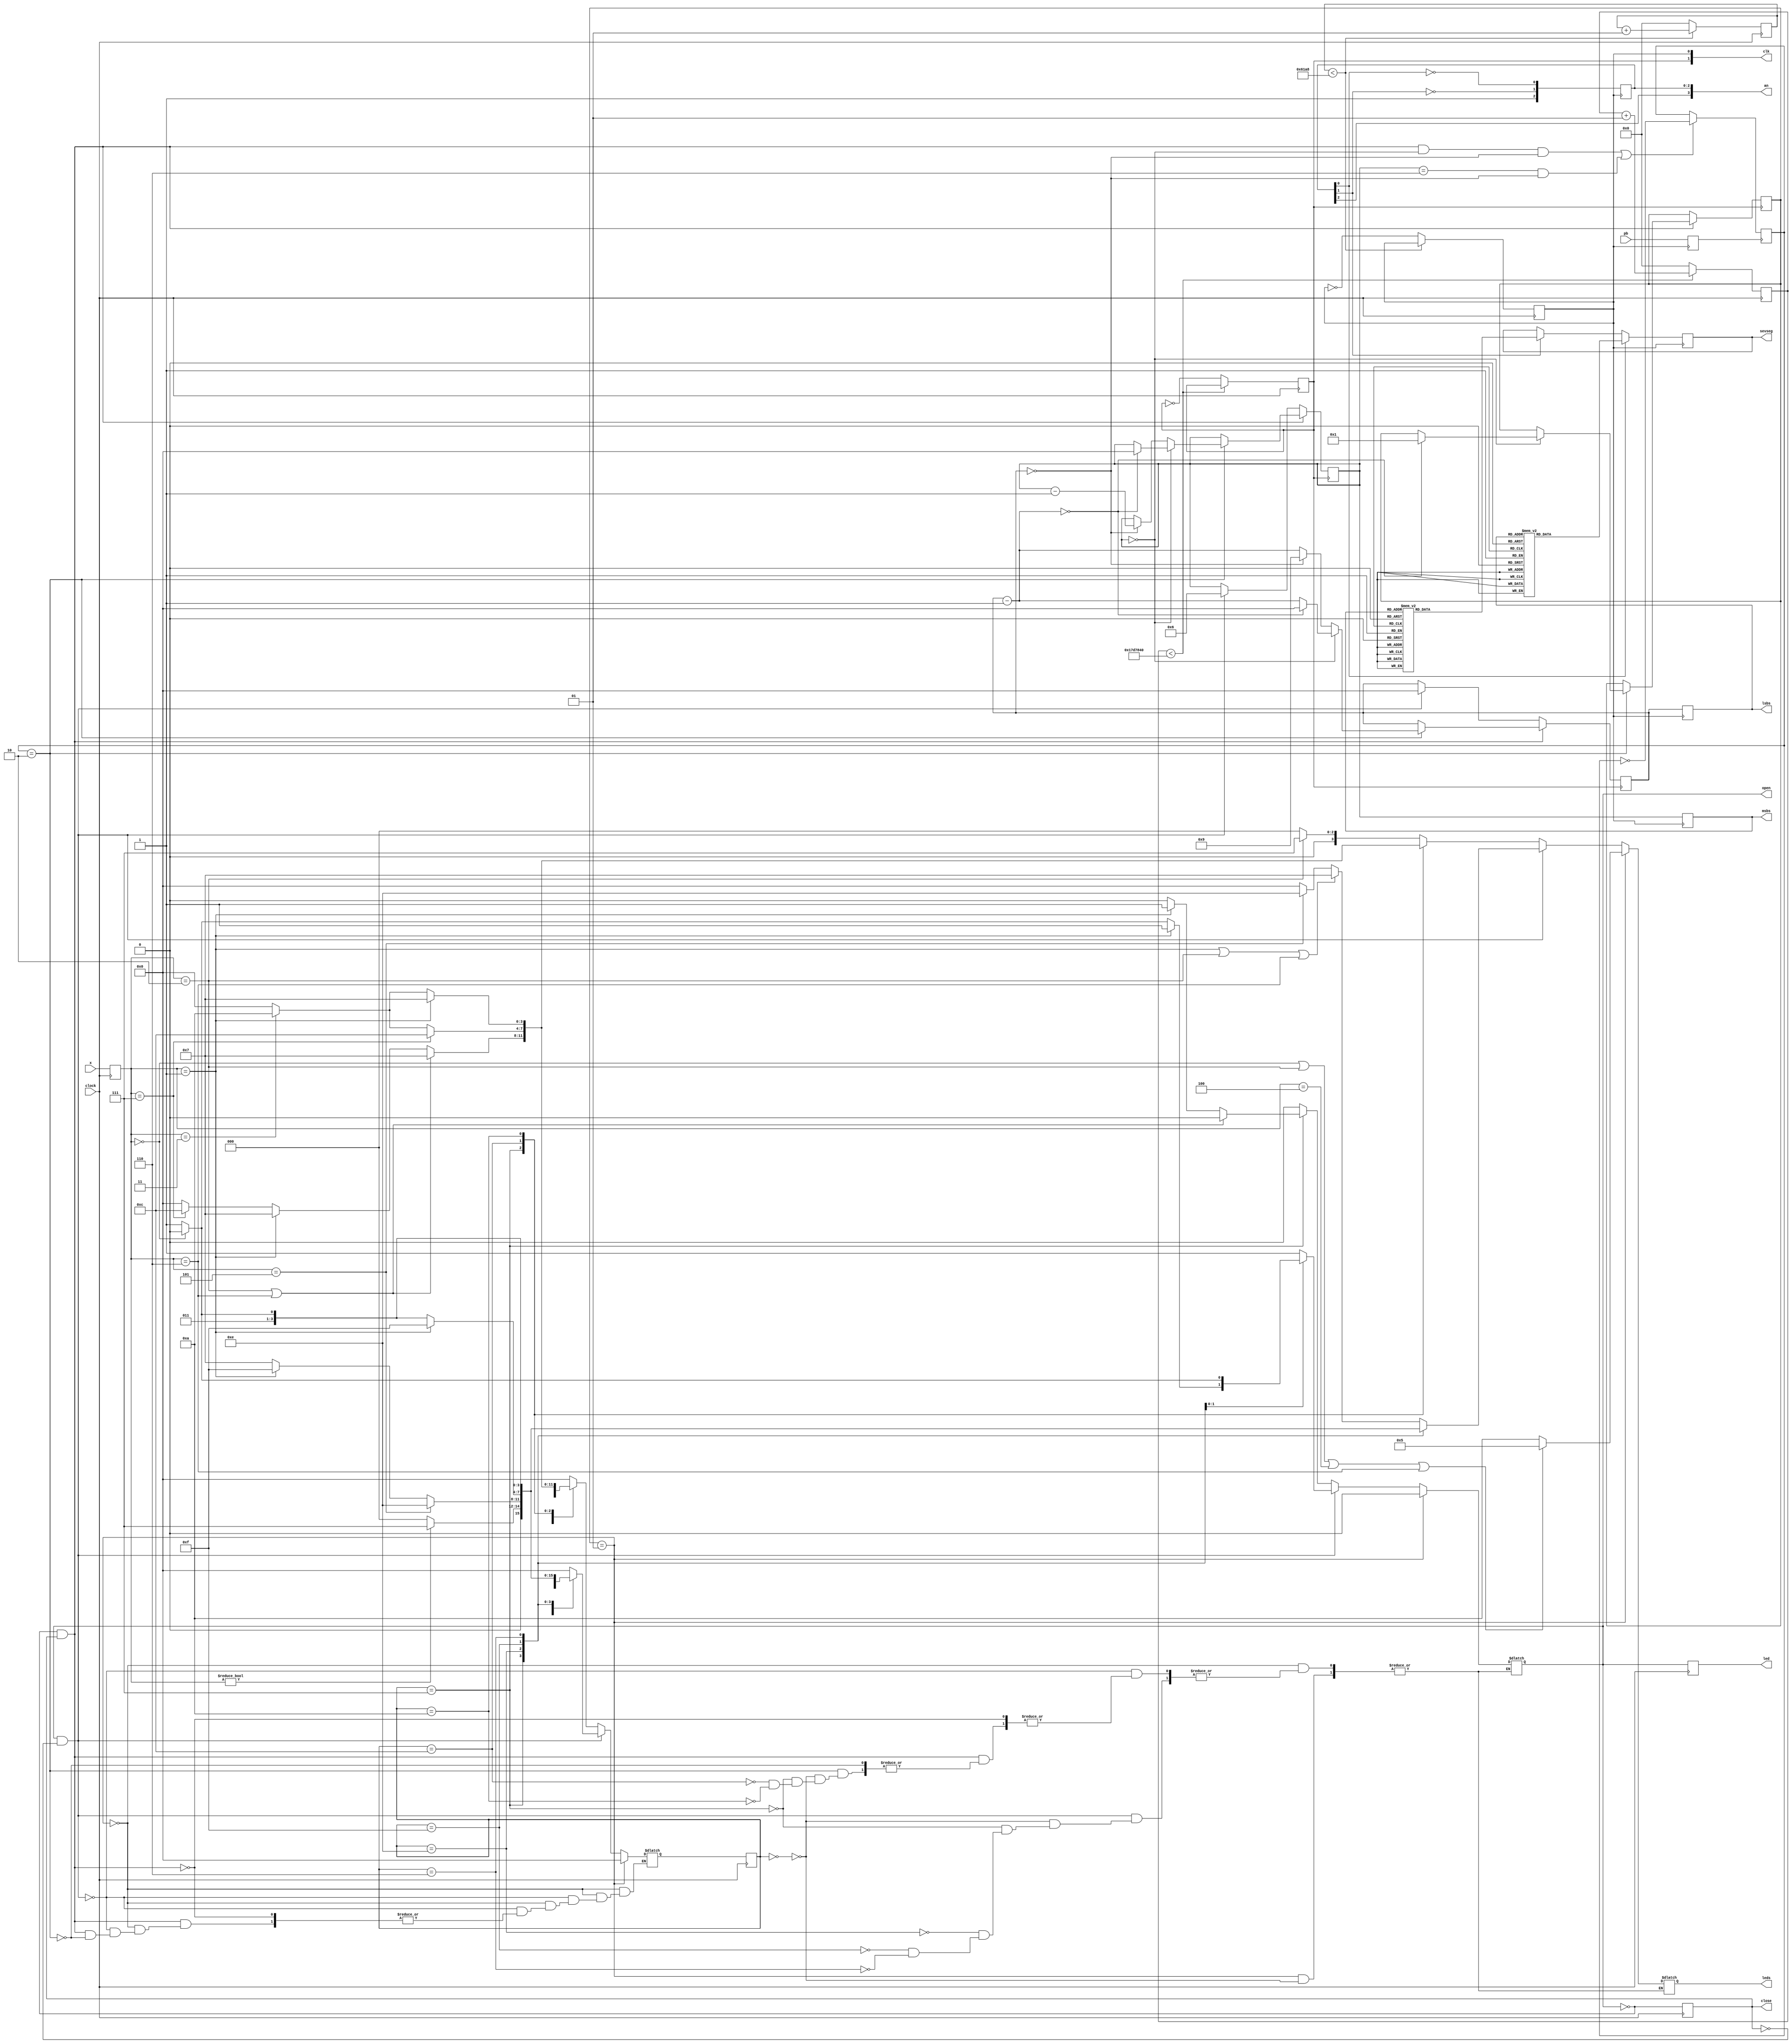
`timescale 1ns / 1ps
//////////////////////////////////////////////////////////////////////////////////
// Company: 
// Engineer: 
// 
// Design Name: 
// Module Name:    final_project_working 
// Project Name: 
// Target Devices: 
// Tool versions: 
// Description: 
//
// Dependencies: 
//
// Revision: 
// Revision 0.01 - File Created
// Additional Comments: 
//
//////////////////////////////////////////////////////////////////////////////////
module final_project_working(
    input clock, pb,
	 input [2:0] x,
    output reg led, open, close,
	 output reg [3:0] leds,
    output reg [3:0] msbs,
    output reg [3:0] lsbs,
    output reg [6:0] sevseg,
    output reg [3:0] an,
	 output reg [1:0] clk
    );
	reg [3:0] i;
	reg [3:0] j;
	integer count_a = 0;
	integer count_50M = 0;
	integer lock = 0;
	reg pb_press;
	reg [1:0] pb_state;
	reg [3:0] p_state;
	reg [3:0] n_state;
	reg [2:0] x_reg;
	
	initial begin
		an[0] <= 0;
		an[1] <= 1;
		an[2] <= 1;
		an[3] <= 1;
		pb_state <= 2'b01;
		open <= 0;
		close <= 1;
		p_state <= 4'b0000;
		i <= 6;
		j <= 0;
	end		
	
	parameter sa_o = 4'b0000, sb_o = 4'b0111, sc_o = 4'b1100, sd_o = 4'b1010;
	parameter sa_c = 4'b0000, sb_c = 4'b0111, sc_c = 4'b1110, sd_c = 4'b1111, se_c = 4'b0110;
	
	always @ (posedge clock)
	begin
		x_reg <= #5 x;
		p_state <= #5 n_state;
		led <= open;
		close <= ~open;
	end
	
	always @ (posedge clk[0])
	begin
		an[0] <= ~an[0];
		an[1] <= ~an[1];
		an[2] <= 1;
		an[3] <= 1;
		msbs <= i;
		lsbs <= j;
		pb_press <= pb;
	end
	
	always @ (posedge pb_press)
	begin
		if(close == 1 && open == 0 && i == 0 && j == 0 || i == 6 && j == 0)
			pb_state <= ~pb_state;
		else
			pb_state <= pb_state;
	end
	
	always @ (posedge clk[1])
	begin
		if(close == 1 && open == 0) //counter sets up only if closed
		begin
			if(pb_state == 2'b10)   //counter starts only if pb is pressed
			begin
				if (i == 0)
				begin
					j = j - 1;
					if(j == 0) begin
						i = 0;
						j = 0;
						lock = 1;		//after 60 seconds, program locks user out
					end
				end
				else if (j == 0)
					begin
						i = i - 1;
						j = 9;
					end
				else begin
					j = j - 1; end
			end
		end
		else if(open == 1 && close == 0) begin
			j = 0;
			i = 6; end
	end
	
	always @ (x_reg or p_state)
	begin
		if (lock == 1) begin //lock system sequence
		n_state = 4'b000;    //forces system to sit in this state
		case(p_state)			//if input is not entered in 60 sec.
			sa_c: if (x_reg == 3'b000 || x_reg == 3'b010 || x_reg == 3'b100 || x_reg == 3'b110) begin
					n_state = sa_c;
					open <= 0;
					leds <= 4'b0101; end
					else begin
					n_state = sa_c;
					open <= 0;
					leds <= 4'b1010; end
			default: n_state = sa_c;
		endcase
		end
		else if (open == 1 && close == 0) begin	//sequence to close the lock
		n_state = 4'b0000;								//000->100->101->001->000
		case(p_state)
			sa_c: if (x_reg == 3'b001 || x_reg == 3'b010 || x_reg == 3'b110) begin
					n_state = sb_c;
					open <= 1;
					leds <= sb_c; end
				else if (x_reg == 3'b101) begin
					n_state = sc_c;
					open <= 1;
					leds <= sc_c; end
				else begin
					n_state = sa_c;
					open <= 1;
					leds <= sa_c; end
					
			sb_c: if (x_reg != 3'b000) begin
					n_state = sb_c;
					open <= 1;
					leds <= sb_c; end
				else begin
					n_state = sa_c;
					open <= 1; 
					leds <= sa_c; end
					
			sc_c: if (x_reg == 3'b101) begin
					n_state = sc_c;
					open <= 1; 
					leds <= sc_c; end
				else if (x_reg == 3'b001) begin
					n_state = sd_c;
					open <= 1; 
					leds <= sd_c; end
				else begin
					n_state = sb_c;
					open <= 1; 
					leds <= sb_c; end
					
			sd_c: if (x_reg == 3'b001) begin
					n_state = sd_c;
					open <= 1; 
					leds <= sd_c; end
				else if (x_reg == 3'b000) begin
					n_state = se_c;
					open <= 0; 
					leds <= se_c; end
				else begin
					n_state = sb_c;
					open <= 1; 
					leds <= sb_c; end
					
			se_c: if (x_reg == 3'b000) begin
					n_state = se_c;
					open <= 0;
					leds <= se_c; end
				else begin
					n_state = sb_c;
					open <= 1;
					leds <= sb_c; end
					
			default: n_state = sa_c;
			
			endcase
	end
	
	else if(open == 0 && close == 1) begin //sequence to open the lock
	if(pb_state == 2'b10) begin				//000 -> 010 -> 110 ->
		n_state = 4'b0000;						//111 -> 011 -> 001
		case(p_state)								//only active if timer is active
			sa_o: if (x_reg == 3'b010) begin
					n_state = sb_o;
					open <= 0;
					leds <= sb_o; end
				else begin
					n_state = sa_o;
					open <= 0;
					leds <= sa_o; end
			sb_o: if (x_reg == 3'b010 || x_reg == 3'b110) begin
					n_state = sb_o;
					open <= 0;
					leds <= sb_o; end
				else if (x_reg == 3'b001) begin
					n_state = sb_o;
					open <= 1;
					leds <= sb_o; end
				else if (x_reg == 3'b111) begin
					n_state = sc_o;
					open <= 0; 
					leds <= sc_o; end
				else begin
					n_state = sa_o;
					open <= 0; 
					leds <= sa_o; end
			sc_o: if (x_reg == 3'b111) begin
					n_state = sc_o;
					open <= 0; 
					leds <= sc_o; end
				else if (x_reg == 3'b011) begin
					n_state = sd_o;
					open <= 0; 
					leds <= sd_o; end
				else begin
					n_state = sa_o;
					open <= 0; 
					leds <= sa_o; end
			sd_o: if (x_reg == 3'b001) begin
					n_state = sb_o;
					open <= 0; 
					leds <= sb_o; end
				else if (x_reg == 3'b011) begin
					n_state = sd_o;
					open <= 0; 
					leds <= sd_o; end
				else begin
					n_state = sa_o;
					open <= 0; 
					leds <= sa_o; end
			default: n_state = sa_o;
			
			endcase
	end
	end
	end


	always @ (posedge clk[0]) //sets up sevenseg digits
	begin
	if (an[1])
	begin
		case(msbs)
			0: sevseg = 7'b0000001;
			1: sevseg = 7'b1001111;
			2: sevseg = 7'b0010010;
			3: sevseg = 7'b0000110;
			4: sevseg = 7'b1001100;
			5: sevseg = 7'b0100100;
			6: sevseg = 7'b0100000;
			7: sevseg = 7'b0001101;
			8: sevseg = 7'b0000000;
			9: sevseg = 7'b0000100;
			default: sevseg = 7'b0000001;
		endcase
	end
	if (an[0])
	begin
		case(lsbs)
			0: sevseg = 7'b0000001;
			1: sevseg = 7'b1001111;
			2: sevseg = 7'b0010010;
			3: sevseg = 7'b0000110;
			4: sevseg = 7'b1001100;
			5: sevseg = 7'b0100100;
			6: sevseg = 7'b0100000;
			7: sevseg = 7'b0001101;
			8: sevseg = 7'b0000000;
			9: sevseg = 7'b0000100;
			default: sevseg = 7'b0000001;
		endcase
	end
	end

	always @ (posedge clock) //slower clock
		if (count_50M < 25000000) count_50M = count_50M + 1;
		else
		begin
			clk[1] = ~clk[1];
			count_50M = 0;
		end
		
	always @ (posedge clock) //slow clock
		if (count_a < 25000) count_a = count_a + 1;
		else
		begin
			clk[0] = ~clk[0];
			count_a = 0;
		end

endmodule